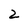
Character: 2